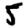
Digit: 5